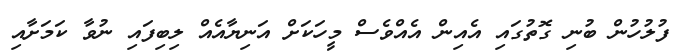
ފުލުހުން ބުނި ގޮތުގައި އެއިން އެއްވެސް މީހަކަށް އަނިޔާއެއް ލިބިފައި ނުވާ ކަމަށާއި